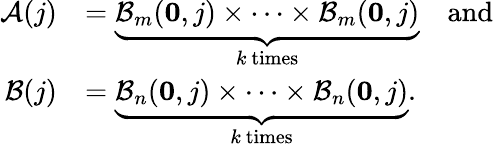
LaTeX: \begin{array}{rl}{\mathcal{A}(j)}&{=\underbrace{\mathcal{B}_{m}({\boldsymbol{0}},j)\times\dots\times\mathcal{B}_{m}({\boldsymbol{0}},j)}_{k\ \mathrm{times}}\quad\mathrm{and}}\\ {\mathcal{B}(j)}&{=\underbrace{\mathcal{B}_{n}({\boldsymbol{0}},j)\times\dots\times\mathcal{B}_{n}({\boldsymbol{0}},j)}_{k\ \mathrm{times}}.}\end{array}